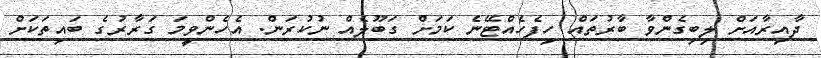
ދާއިރާއަށް ލިބިގެންވާ ބާރުތައް ހިފެހެއްޓޭނެ ކަމަށް ގަބޫލެއް ނުކުރަން. އެހެންވީމަ ގަރާރުގެ ބައިތަކަށް